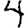
Digit: 4